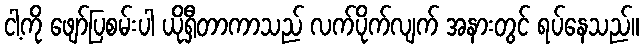
ငါ့ကို ဖျော်ပြစမ်းပါ ယိုရှီတာကာသည် လက်ပိုက်လျက် အနားတွင် ရပ်နေသည်။